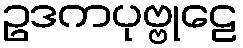
ဥဒကပုဗ္ဗုဠေ